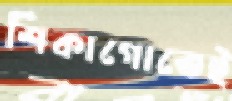
শিকাগোতেই